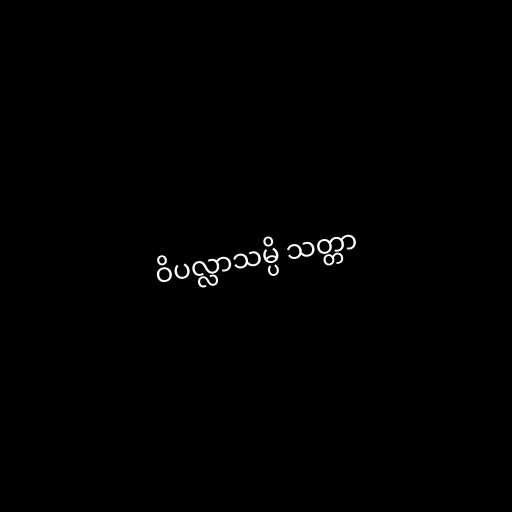
ဝိပလ္လာသမ္ပိ သတ္တာ